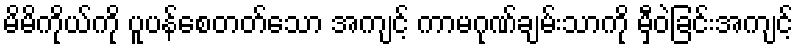
မိမိကိုယ်ကို ပူပန်စေတတ်သော အကျင့် ကာမဂုဏ်ချမ်းသာကို မှီဝဲခြင်းအကျင့်